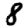
Digit: 8